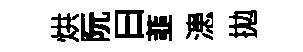
烘阮曰韮漶拋